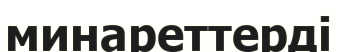
минареттерді